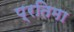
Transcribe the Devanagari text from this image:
प्रतिमा